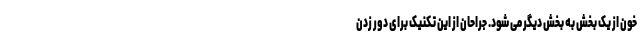
خون از یک بخش به بخش دیگر می شود. جراحان از این تکنیک برای دور زدن